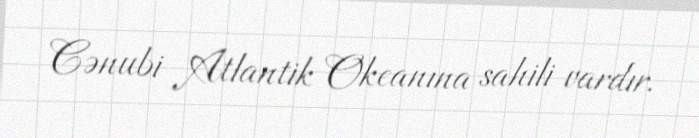
Cənubi Atlantik Okeanına sahili vardır.